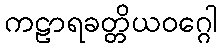
ကဠာရခတ္တိယဝဂ္ဂေါ